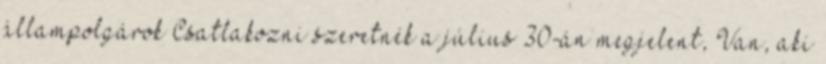
állampolgárok Csatlakozni szeretnék a július 30-án megjelent, Van, aki